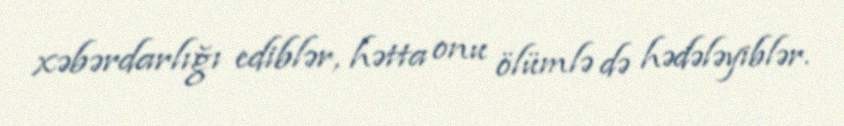
xəbərdarlığı ediblər, hətta onu ölümlə də hədələyiblər.